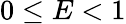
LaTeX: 0\le E<1